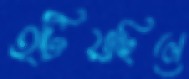
হটিয়াছিলে